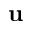
\mathbf { u }